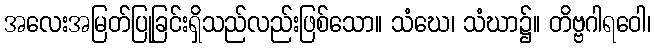
အလေးအမြတ်ပြုခြင်းရှိသည်လည်းဖြစ်သော။ သံဃေ၊ သံဃာ၌။ တိဗ္ဗဂါရဝေါ၊